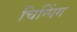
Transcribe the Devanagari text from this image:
चिन्पिंग